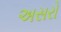
અસરો